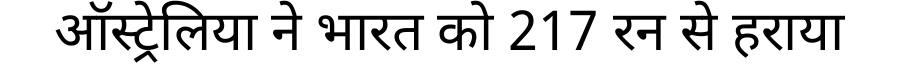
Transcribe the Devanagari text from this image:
ऑस्ट्रेलिया ने भारत को 217 रन से हराया